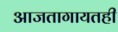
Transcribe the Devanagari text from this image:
आजतागायतही